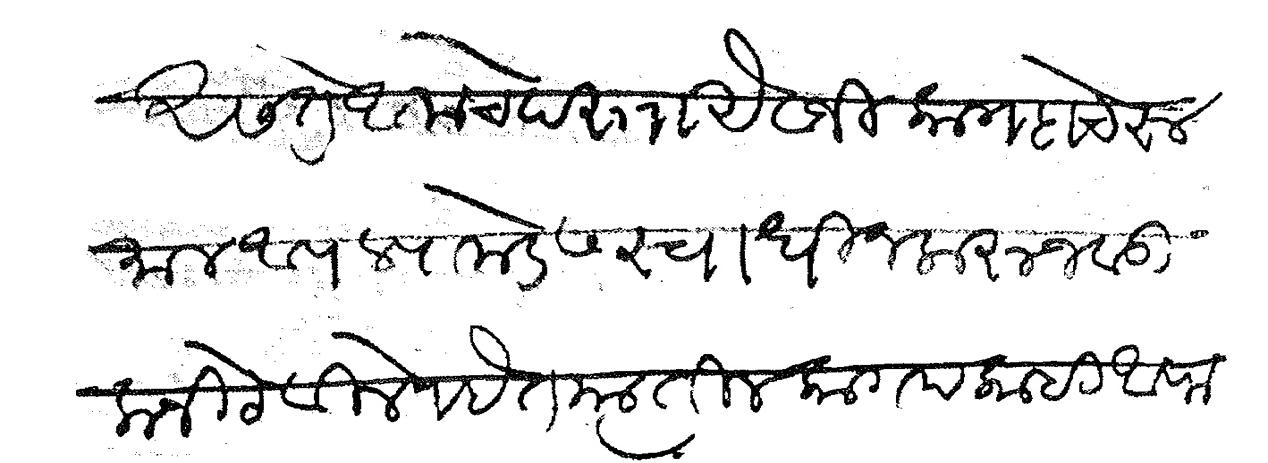
Transliteration (Devanagari): असते आमचे दस्तऐवजी कागदाचे रुमाल आपल्याकडेस स्वाधीन करून वडि लानी ठेविले आहेत त्यातील कागद काही अफरातफर